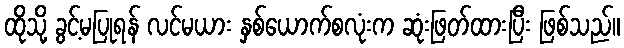
ထိုသို့ ခွင့်မပြုရန် လင်မယား နှစ်ယောက်စလုံးက ဆုံးဖြတ်ထားပြီး ဖြစ်သည်။